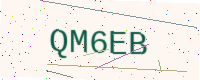
Text: QM6EB